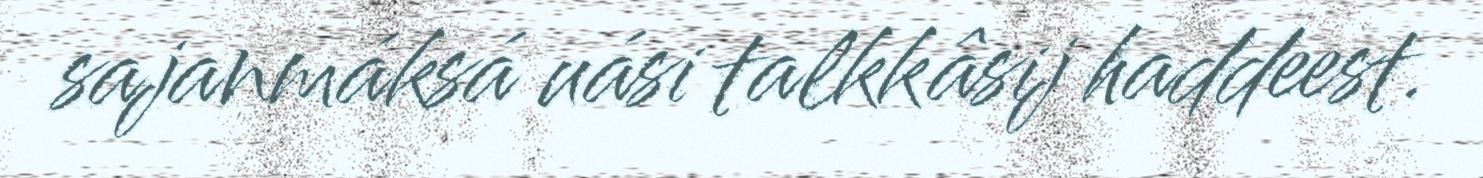
sajanmáksá uási talkkâsij haddeest.